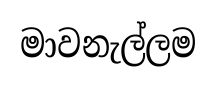
මාවනැල්ලම